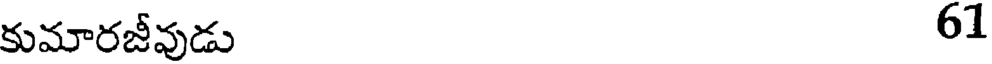
కుమారజీవుడు 61